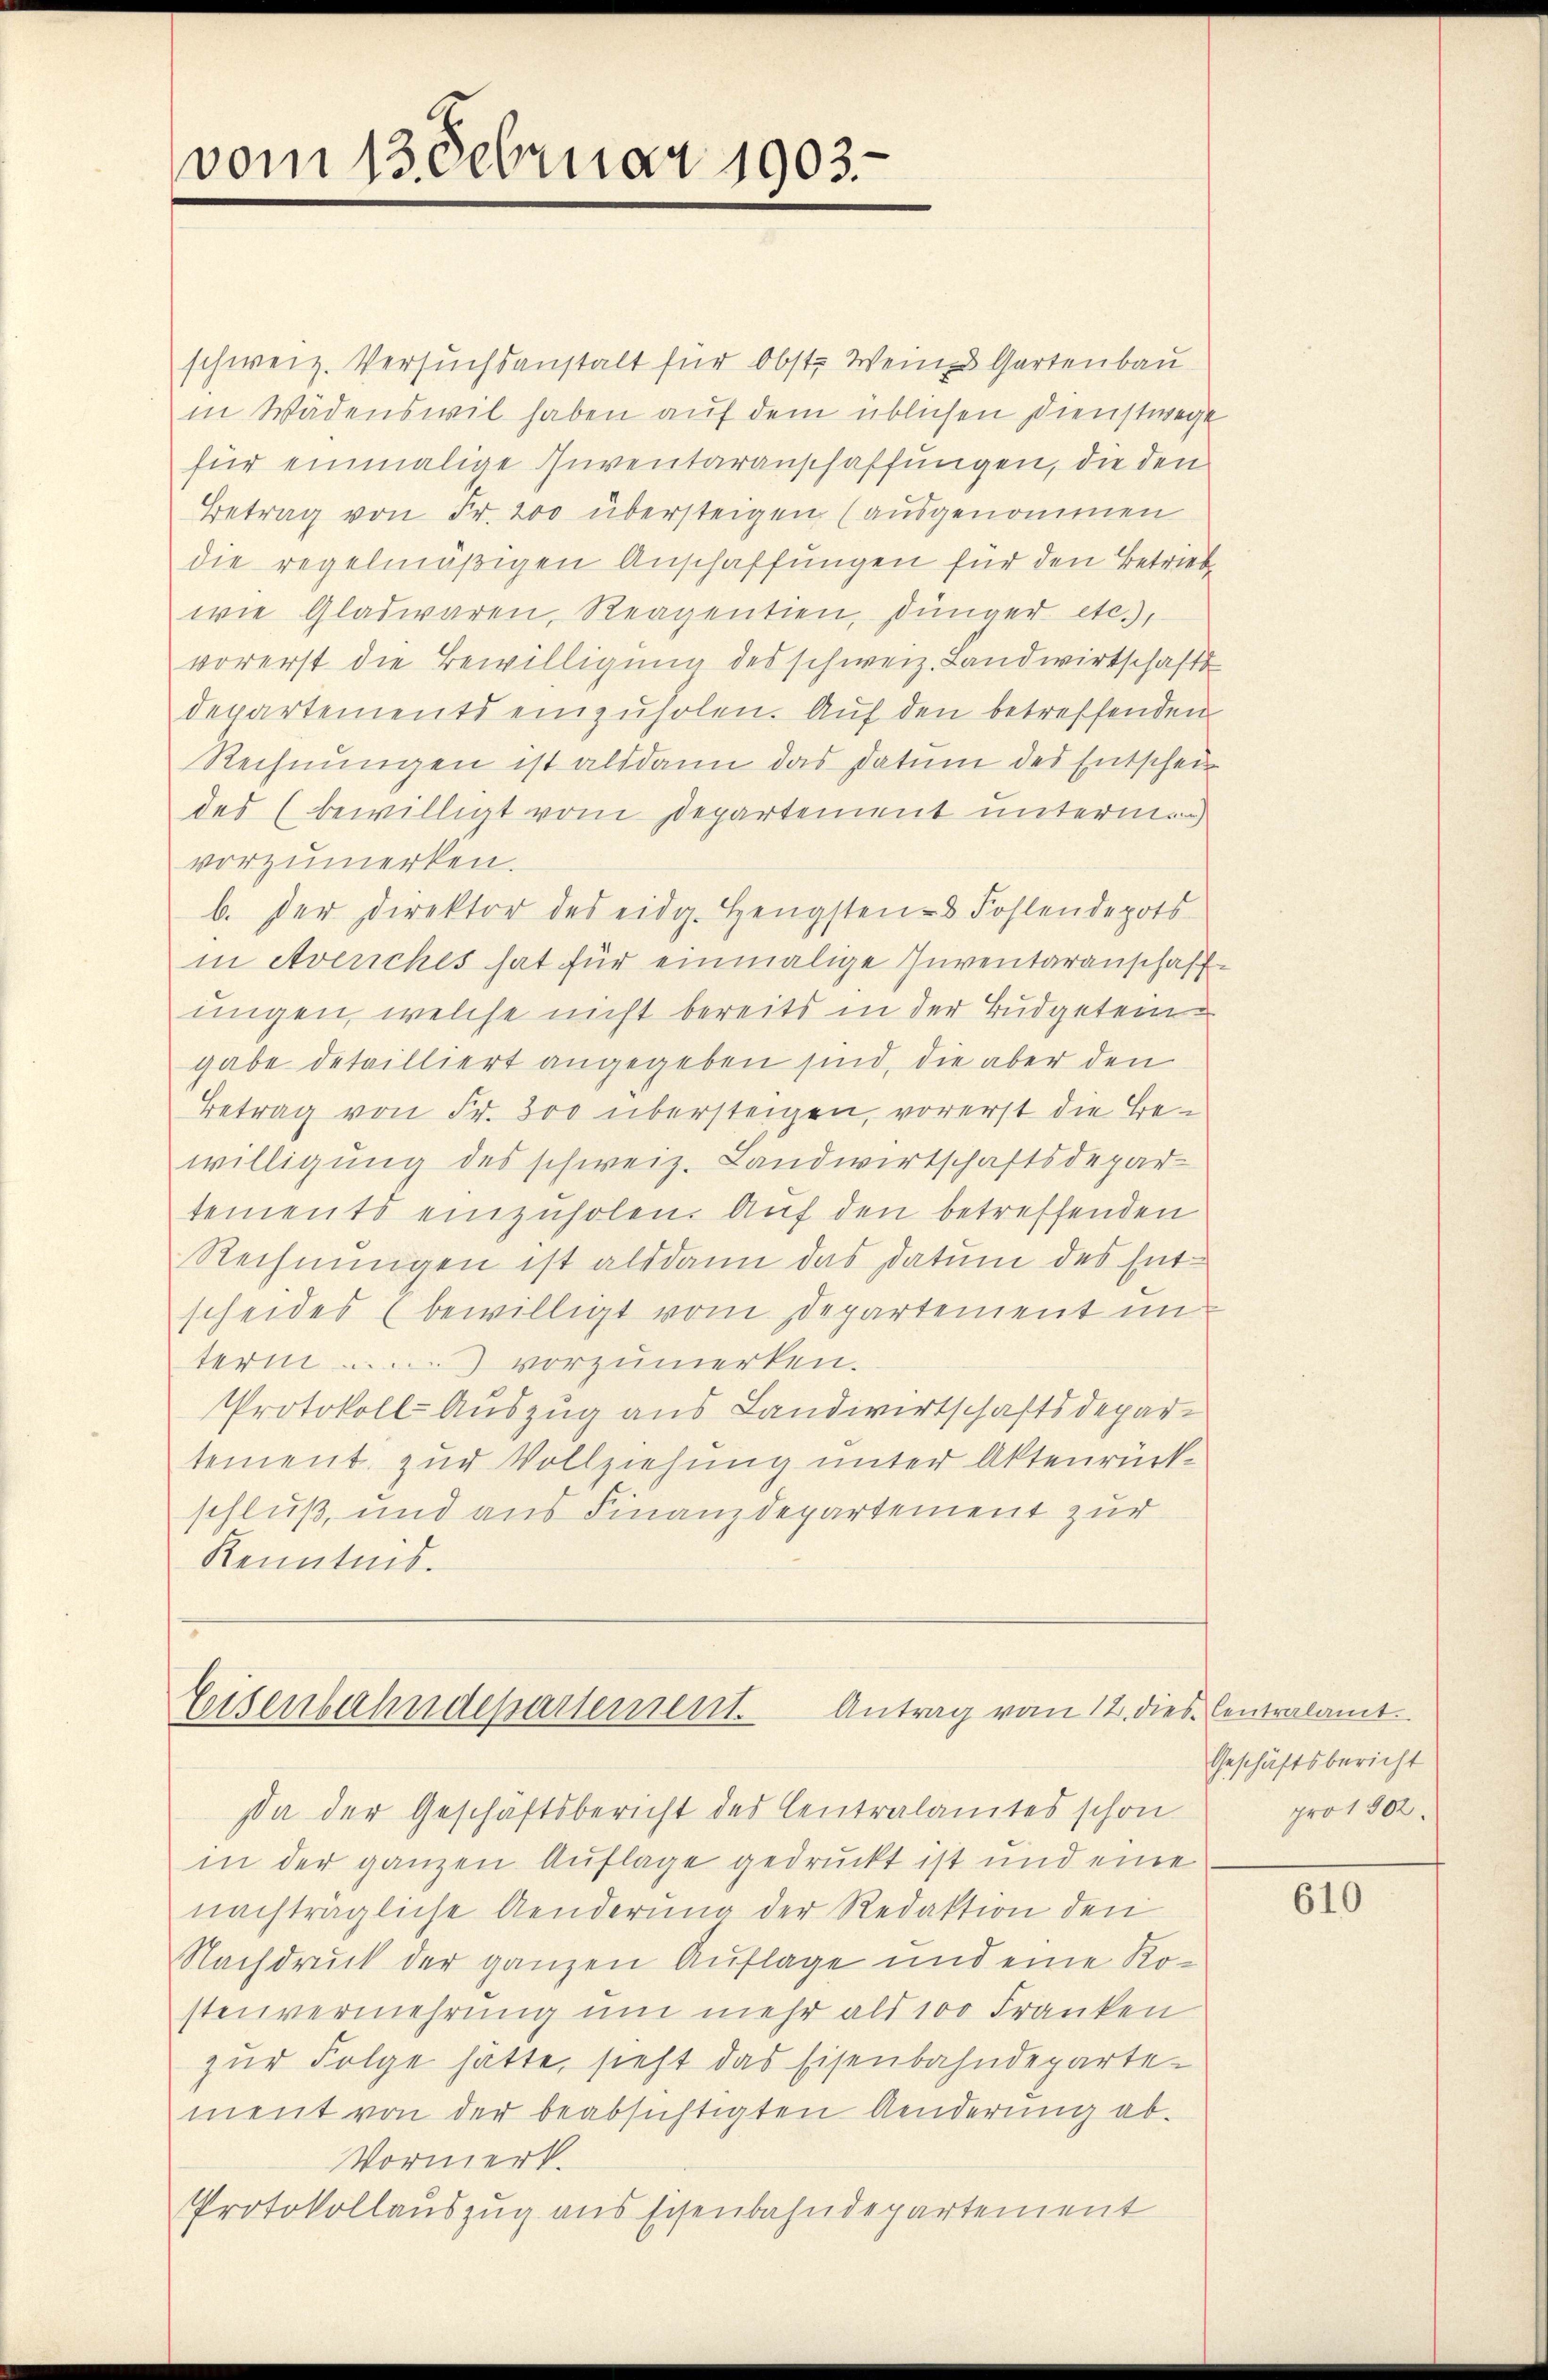
vom 13. Februar 1903.

schweiz. Versuchsanstalt für Obst. Weine Gartenbau
in Wädenswil haben auf dem üblichen Dienstwege
für einmalige Inventaranschaffungen, die den
Betrag von Fr. 200 übersteigen, (ausgenommen
die regelmäßigen Anschaffungen für den Betrieb
wie Glaswaren, Reagentien, Dünger etc.),
vorerst die Bewilligung des schweiz. Landwirtschafts
departements einzŭholen. Auf den betreffenden
Rechnungen ist alsdann das Datum des Entschein
des (bewilligt vom Departement unterm
vorzumerken.
b. der Direktor des eidg. Hengsten- & Fohlendepots
in Averiches hat für einmalige Inventaranschaff-
ungen, welche nicht bereits in der Budgetei
gabe detailliert angegeben sind, die aber den
Betrag von Fr. 300 übersteigen, vorerst die Bewilligung des schweiz. Landwirtschaftsdepar-
tements einzuholen. Auf den betreffenden
Rechnungen ist alsdann das Datum des Entscheides bewilligt vom Departement un
term ..... vorzumerken.
Protokolls-Auszug aus Landwirtschaftsdepartement. zur Vollziehung unter Aktenrückschluß, und aus Finanzdepartement zur
Kenntnis.

Da der Geschäftsbericht des Centralamtes schon pro 1802.
in der ganzen Auflage gedruckt ist und eine
nachträgliche Aenderung der Redaktion den
Nachdruck der ganzen Auflage und eine Kostenvermehrung um mehr als 100 Franken
zur Folge hätte, sieht das Eisenbahndepartement von der beabsichtigten Aenderung ab-
Vormerk.
Protokollauszug aus Eisenbahndepartement

Eisenbahndepartement. Antrag vom 12. dies Centralamt

Geschäftsbericht

610